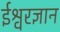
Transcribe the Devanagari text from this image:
ईश्वरज्ञान